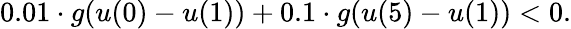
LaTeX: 0.01\cdot g(u(0)-u(1))+0.1\cdot g(u(5)-u(1))<0.